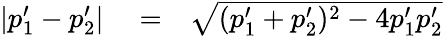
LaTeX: \begin{array}{rlr}{|p_{1}^{\prime}-p_{2}^{\prime}|}&{{}=}&{\sqrt{(p_{1}^{\prime}+p_{2}^{\prime})^{2}-4p_{1}^{\prime}p_{2}^{\prime}}}\end{array}